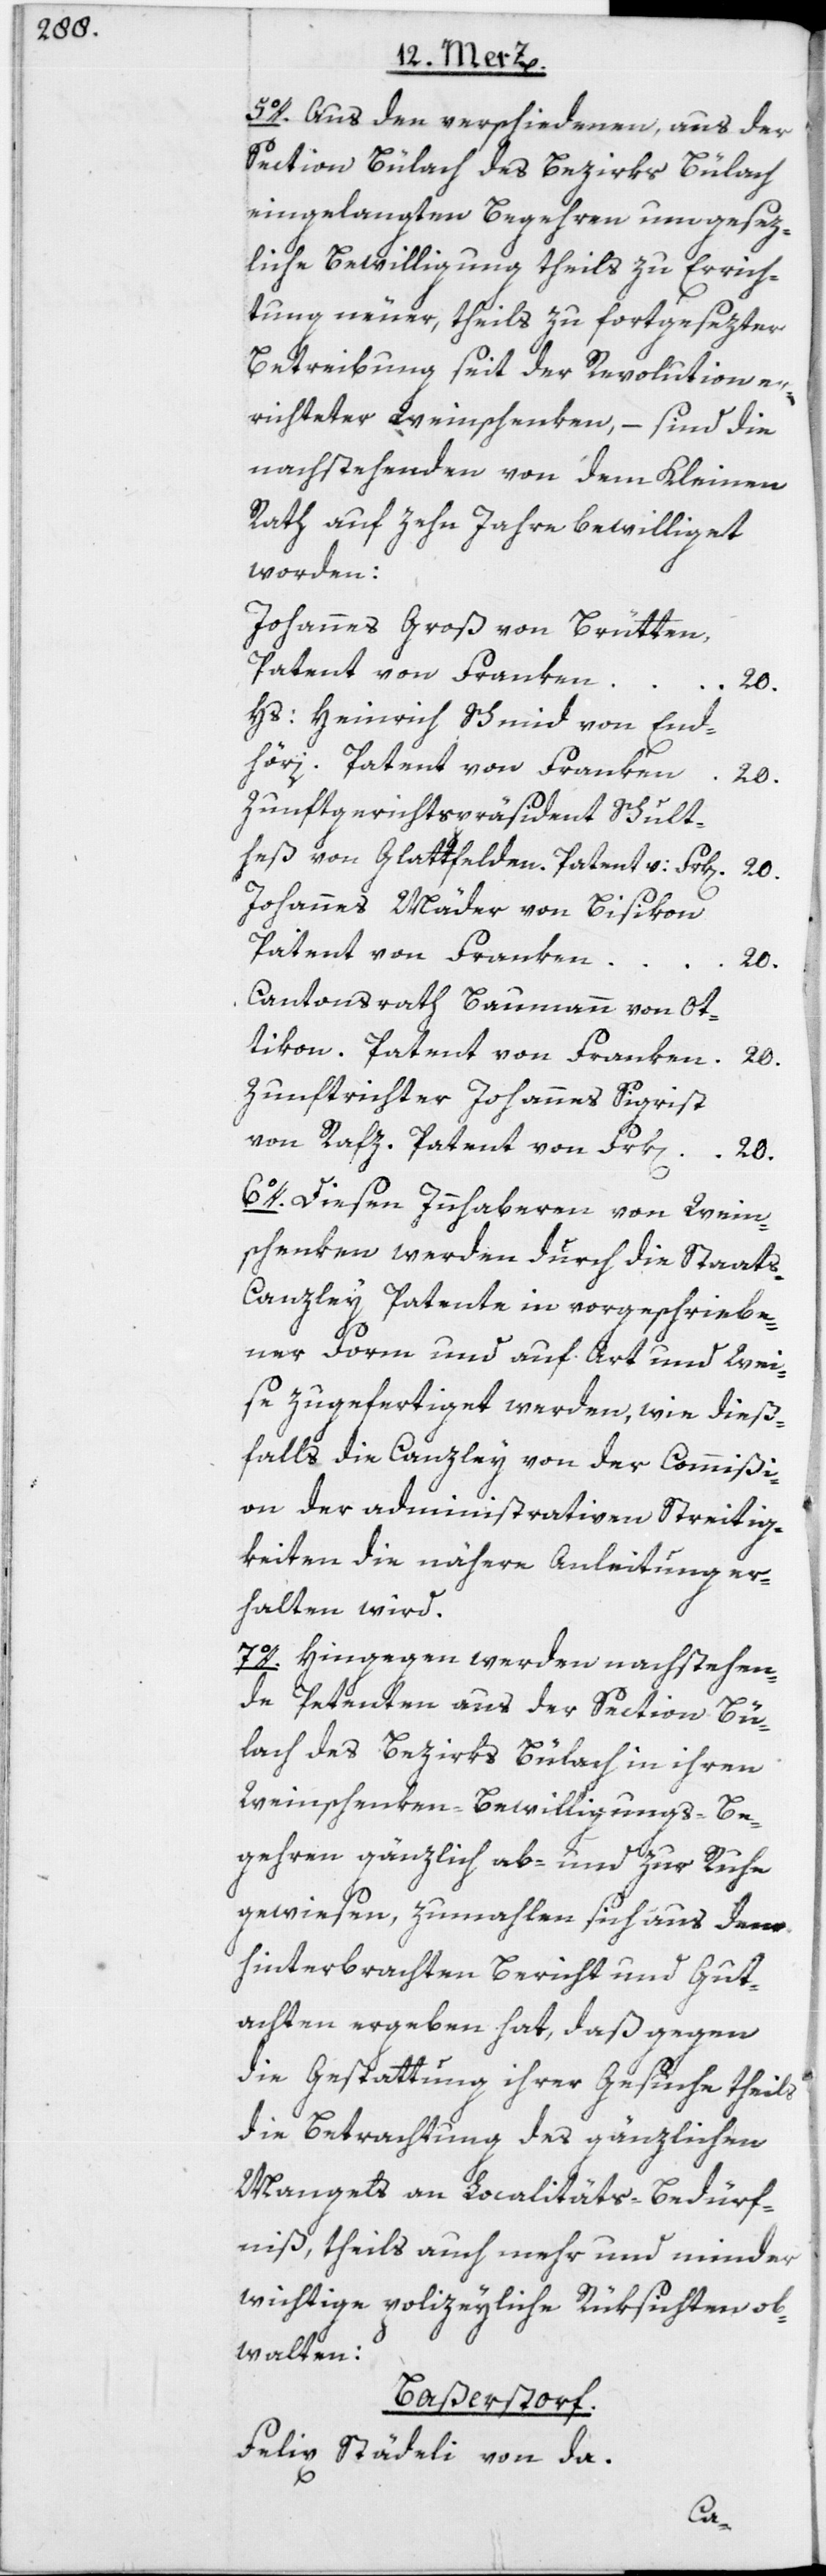
5o. Aus den verschiedenen, aus der
Section Bülach des Bezirks Bülach
eingelangten Begehren um gesez¬
liche Bewilligung theils zu Errich¬
tung neuer, theils zu fortgesezter
Betreibung seit der Revolution er¬
richteter Weinschenken, – sind die
nachstehenden von dem Kleinen
Rath auf zehn Jahre bewilliget
worden:
Johannes Groß von Brütten,
Patent von Franken
20.
Hs: Heinrich Schmid von End¬
höri. Patent von Franken
20.
Zunftgerichtspräsident Schult¬
heß von Glattfelden. Patent v: Frk[en]. 20.
Johannes Mäder von Bisikon
Patent von Franken
20.
Cantonsrath Baumann von Ot¬
tikon. Patent von Franken
20.
Zunftrichter Johannes Sigrist
von Rafz. Patent von Frk[en].
20.
6o. Diesen Innhaberen von Wein¬
schenken werden durch die Staat¬
s-Canzley Patente in vorgeschriebe¬
ner Form und auf Art und Wei¬
se zugefertiget werden, wie dieß¬
falls die Canzley von der Commißi¬
on der administrativen Streitig¬
keiten die nähere Anleitung er¬
halten wird.
7o. Hingegen werden nachstehen¬
de Petenten aus der Section Bü¬
lach des Bezirks Bülach in ihren
Weinschenken-Bewilligungs-Be¬
gehren gänzlich ab- und zur Ruhe
gewiesen, zumahlen sich aus dem
hinterbrachten Bericht und Gut¬
achten ergeben hat, daß gegen
die Gestattung ihrer Gesuche theils
die Betrachtung des gänzlichen
Mangels an Localitäts-Bedürf¬
nis, theils auch mehr und minder
wichtige polizeyliche Rüksichten ob¬
walten:
Baßerstorf.
Felix Städeli von da.